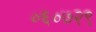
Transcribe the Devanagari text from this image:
०६०७२९